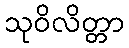
သုဝိလိတ္တာ